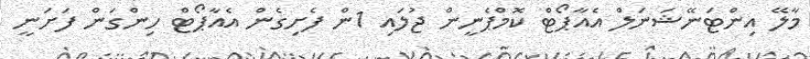
މާލޭ އިންޓަނޭޝަނަލް އެއާޕޯޓް ކޮމްޕެނީން ޖުލައި 1ން ފެށިގެން އެއާޕޯޓް ހިންގަން ފަށަނީ